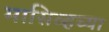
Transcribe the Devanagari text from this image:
मासिव्हच्या